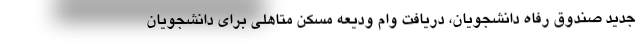
جدید صندوق رفاه دانشجویان، دریافت وام ودیعه مسکن متاهلی برای دانشجویان